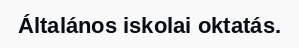
Általános iskolai oktatás.